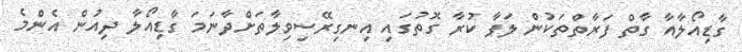
ގާޑިއޯލާއާ ގާތް ފަރާތްތަކުން ލަފާ ކުރާ ގޮތުގައި އިނގިރޭސިވިލާތަށްދާނަމަ ގާޑިއޯލާ ދިއުން އެންމެ